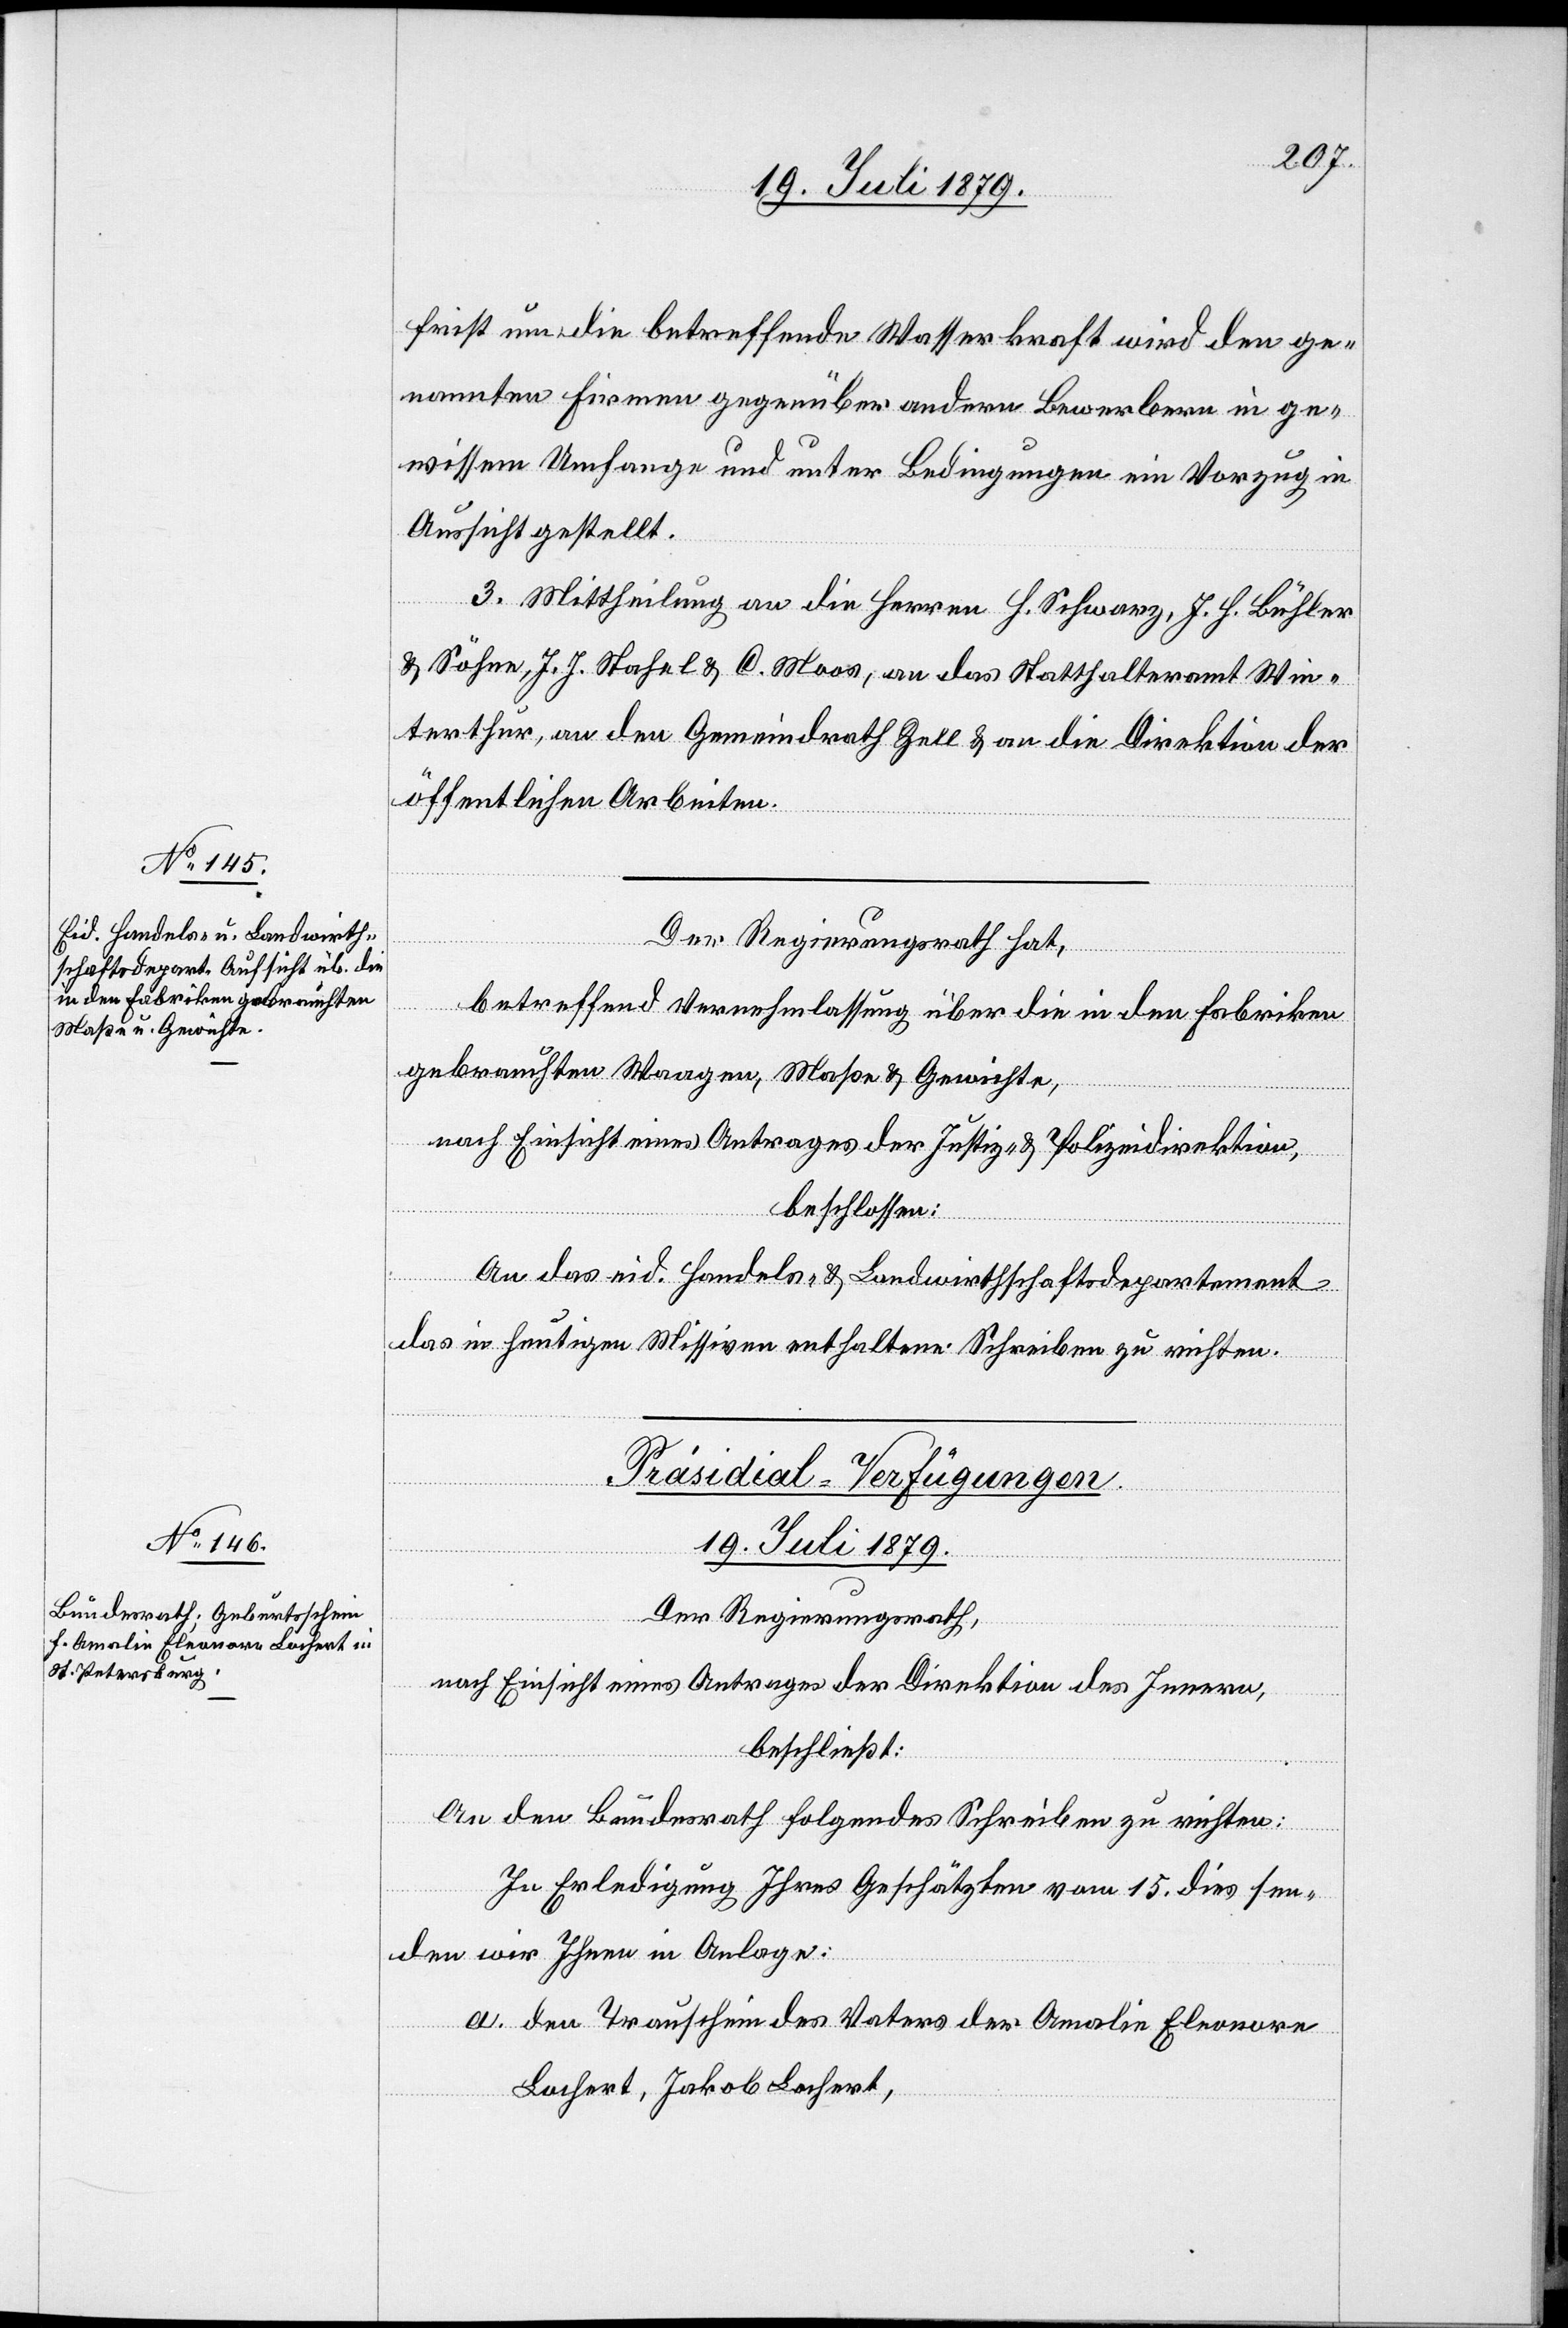
frist um die betreffende Wasserkraft wird den ge¬
nannten Firmen gegenüber andern Bewerbern in ge¬
wissem Umfange und unter Bedingungen ein Vorzug in
Aussicht gestellt.
3. Mittheilung an die Herren H. Schwarz, J. H. Bühler
& Söhne, J. H. Stahel & C. Moos, an das Statthalteramt Win¬
terthur, an den Gemeindrath Zell & an die Direktion der
öffentlichen Arbeiten.
Der Regierungsrath hat,
betreffen Vernehmlassung über die in den Fabriken
gebrauchten Waagen, Maße & Gewichte,
nach Einsicht eines Antrages der Justiz- & Polizeidirektion,
beschlossen:
An das eid. Handels- & Landwirthschaftdepartement
das in heutigen Missiven enthaltene Schreiben zu richten.
Präsidial-Verfügungen.
19. Juli 1879.
Der Regierungsrath,
nach Einsicht eines Antrages der Direktion des Innern,
beschließt:
An den Bundesrath folgendes Schreiben zu richten:
In Erledigung Ihres Geschätzten vom 15. dies sen¬
den wir Ihnen in Anlage:
a. den Trauschein des Vaters der Amalie Eleonore
Lochert, Jakob Lochert,